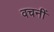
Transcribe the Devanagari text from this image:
वचनीं